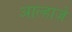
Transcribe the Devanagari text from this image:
आल्हाजें